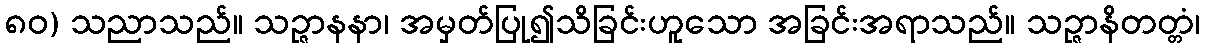
၈၀) သညာသည်။ သဉ္ဇာနနာ၊ အမှတ်ပြု၍သိခြင်းဟူသော အခြင်းအရာသည်။ သဉ္ဇာနိတတ္တံ၊